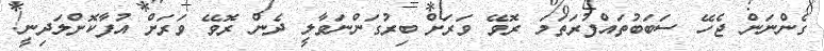
ގެންނަން ޖެހޭ ސަބަބުތައްފުރަތަމަ ރޮވޭ ވަރަށް ބިރުގަންނަވާލީ ދެން ރޮވޭ ވަރަށް އުފާކޮށްލަދިނީ!